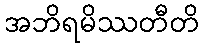
အဘိရမိဿတီတိ